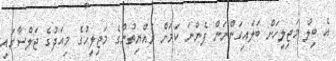
އެ ބިލު މަޖިލީހަށް ބަލައިގަންނަން ފެންނަ ކަމަށް ރައްޔިތުންގެ މަޖިލީހުގެ މިއަދުގެ ޖަލްސާގައި